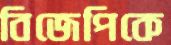
বিজেপিকে